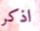
اذكر